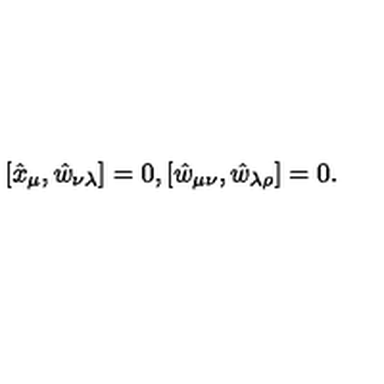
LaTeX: [ \hat { x } _ { \mu } , \hat { w } _ { \nu \lambda } ] = 0 , [ \hat { w } _ { \mu \nu } , \hat { w } _ { \lambda \rho } ] = 0 .